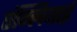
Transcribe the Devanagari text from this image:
एंग्लियाई